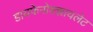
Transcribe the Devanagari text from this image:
डायफेनोक्झायलेट